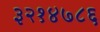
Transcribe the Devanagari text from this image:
३२१४७८६